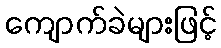
ကျောက်ခဲများဖြင့်